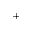
^ +